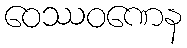
ဝေဿဝဏေန